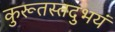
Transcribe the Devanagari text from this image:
कुरूतस्तदुभयं